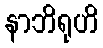
နာဘိရုဟိ